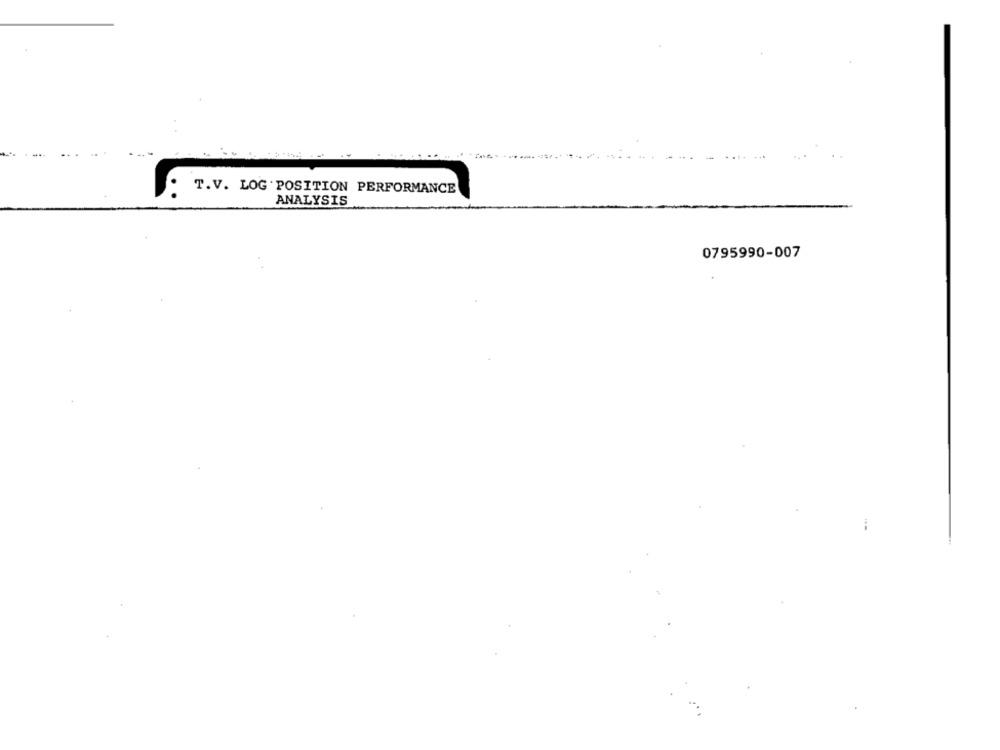
T.V. LOG . POSITION PERFORMANCE
ANALYSIS
0795990-007